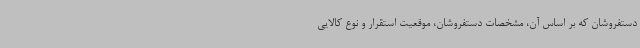
دستفروشان که بر اساس آن، مشخصات دستفروشان، موقعیت استقرار و نوع کالایی